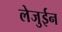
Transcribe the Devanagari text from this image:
लेजुईन